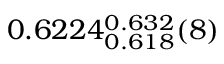
0 . 6 2 2 4 _ { 0 . 6 1 8 } ^ { 0 . 6 3 2 } ( 8 )